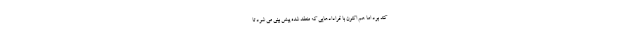
کُند بود اما هم اکنون با قرادادهایی که منعقد شده پیش بینی می شود تا